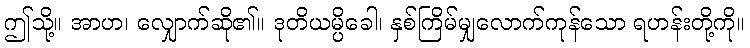
ဤသို့။ အာဟ၊ လျှောက်ဆို၏။ ဒုတိယမ္ပိခေါ၊ နှစ်ကြိမ်မျှလောက်ကုန်သော ရဟန်းတို့ကို။